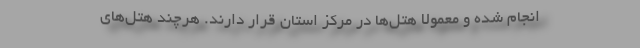
انجام شده و معمولاً هتل‌ها در مرکز استان قرار دارند. هرچند هتل‌های